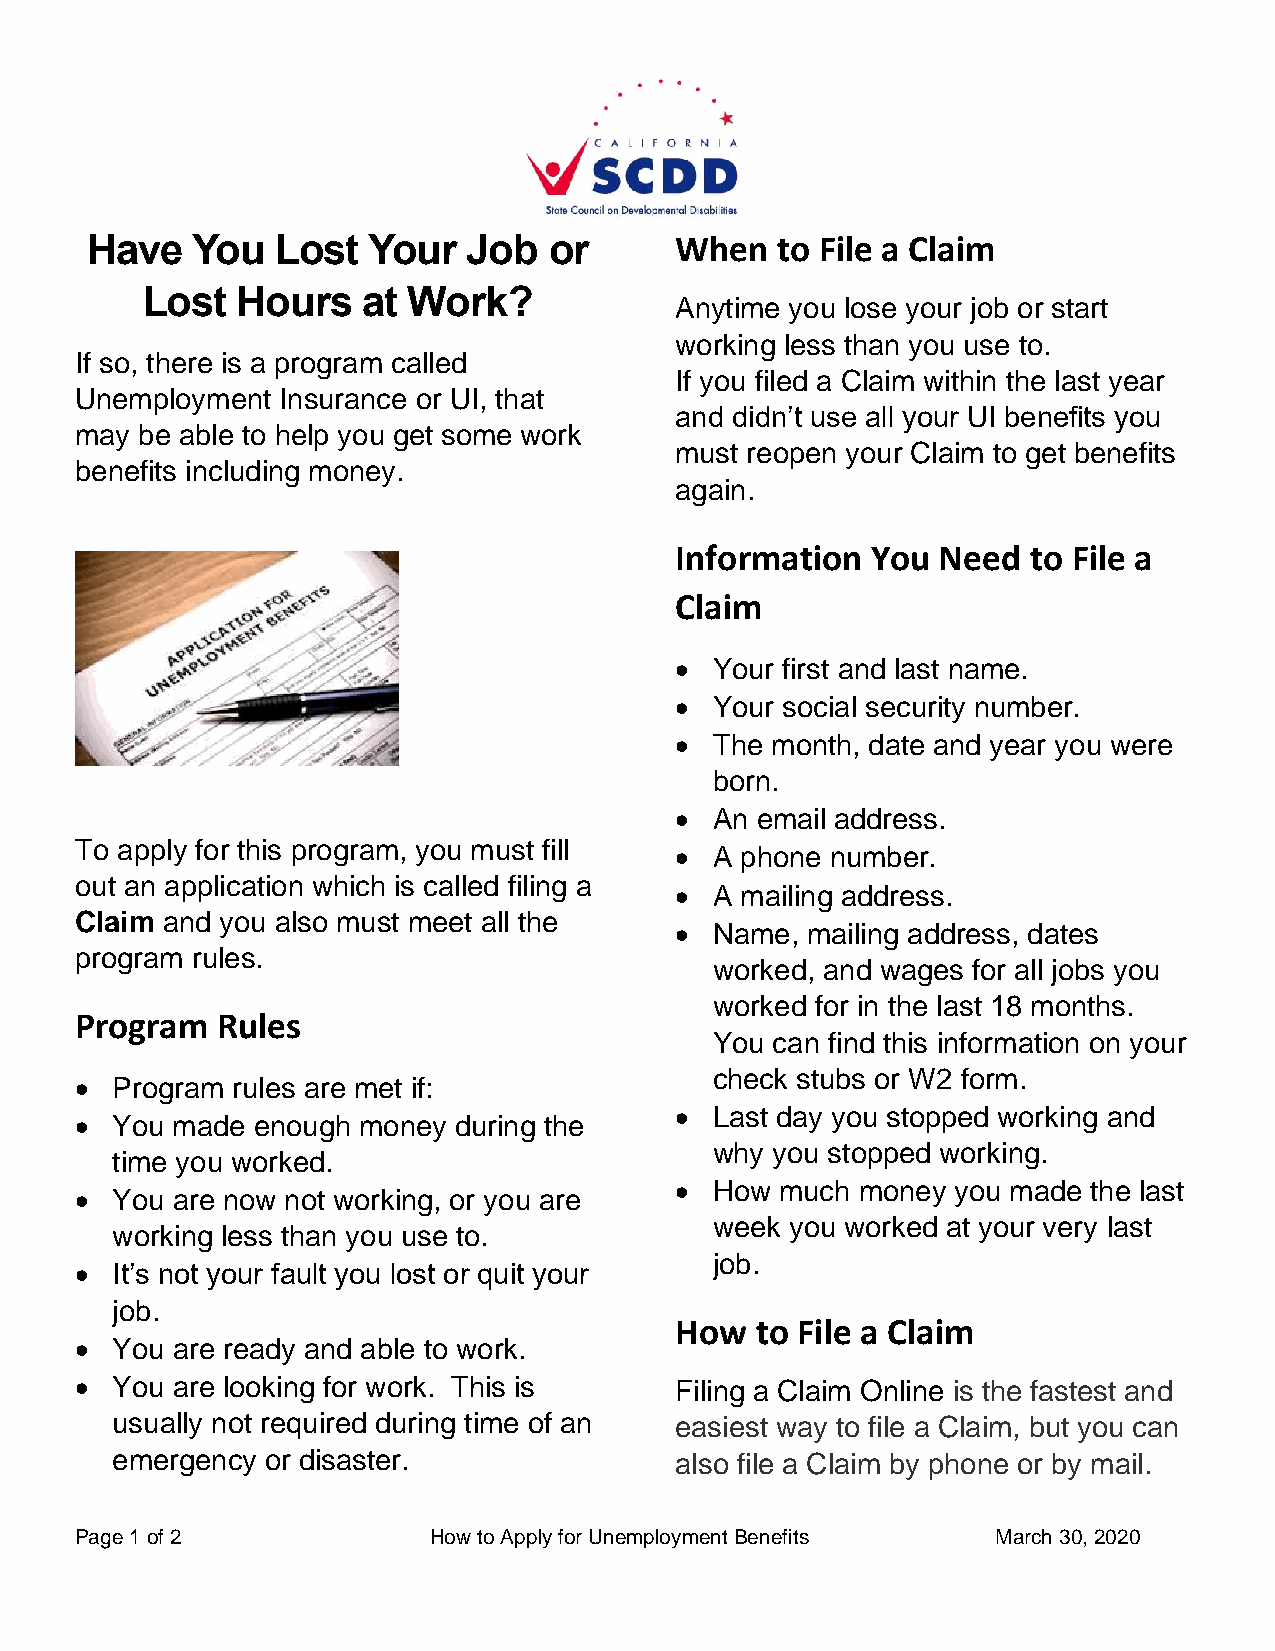
Have   You  Lost  Your   Job  or       When  to File a Claim
 Lost   Hours   at Work?
 Anytime you lose your job or start
 working less than you use to.
 If so, there is a program called
 If you filed a Claim within the last year
 Unemployment Insurance or UI, that
 and didn’t use all your UI benefits you
 may be able to help you get some work
 must reopen your Claim to get benefits
 benefits including money.
 again.
 Information  You Need  to File a
 Claim
 • Your first and last name.
 • Your social security number.
 • The month, date and year you were
 born.
 • An email address.
 To apply for this program, you must fill
 • A phone number.
 out an application which is called filing a
 • A mailing address.
 Claim and you also must meet all the
 • Name, mailing address, dates
 program rules.
 worked, and wages for all jobs you
 worked for in the last 18 months.
 Program  Rules
 You can find this information on your
 check stubs or W2 form.
 • Program rules are met if:
 • Last day you stopped working and
 • You made  enough money during the
 why you stopped working.
 time you worked.
 • How  much money you made the last
 • You are now not working, or you are
 week you worked at your very last
 working less than you use to.
 job.
 • It’s not your fault you lost or quit your
 job.
 How  to File a Claim
 • You are ready and able to work.
 • You are looking for work. This is     Filing a Claim Online is the fastest and
 usually not required during time of an easiest way to file a Claim, but you can
 emergency  or disaster.               also file a Claim by phone or by mail.
 Page 1 of 2            How to Apply for Unemployment Benefits March 30, 2020